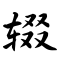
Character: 辍